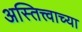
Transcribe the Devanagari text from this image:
अस्तित्त्वाच्या